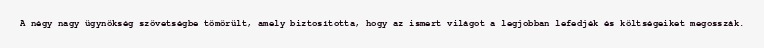
A négy nagy ügynökség szövetségbe tömörült, amely biztosította, hogy az ismert világot a legjobban lefedjék és költségeiket megosszák.